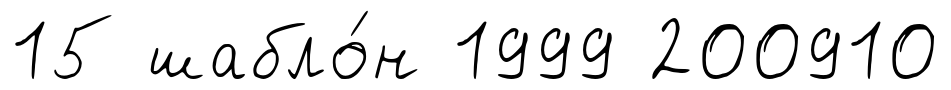
15 шабло́н 1999 200910